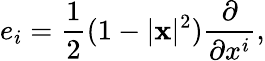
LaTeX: e_{i}={\frac{1}{2}}(1-|\mathbf{x}|^{2}){\frac{\partial}{\partial x^{i}}},